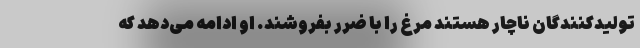
تولیدکنندگان ناچار هستند مرغ را با ضرر بفروشند. او ادامه می‌دهد که